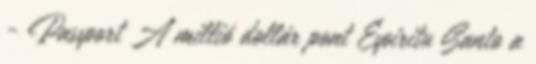
- Passport A millió dollár pont Espiritu Santo a